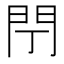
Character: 閅